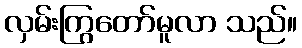
လှမ်းကြွတော်မူလာ သည်။